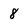
Character: 8